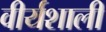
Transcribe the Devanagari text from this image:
वीर्यशाली